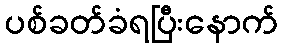
ပစ်ခတ်ခံရပြီးနောက်